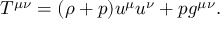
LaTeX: T ^ { \mu \nu } = ( \rho + p ) u ^ { \mu } u ^ { \nu } + p g ^ { \mu \nu } .